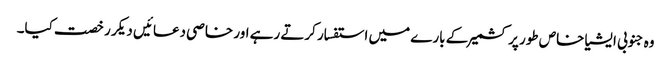
وہ جنوبی ایشیا خاص طور پر کشمیر کے بارے میں استفسار کرتے رہے اور خاصی دعائیں دیکر رخصت کیا۔